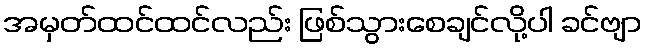
အမှတ်ထင်ထင်လည်း ဖြစ်သွားစေချင်လို့ပါ ခင်ဗျာ